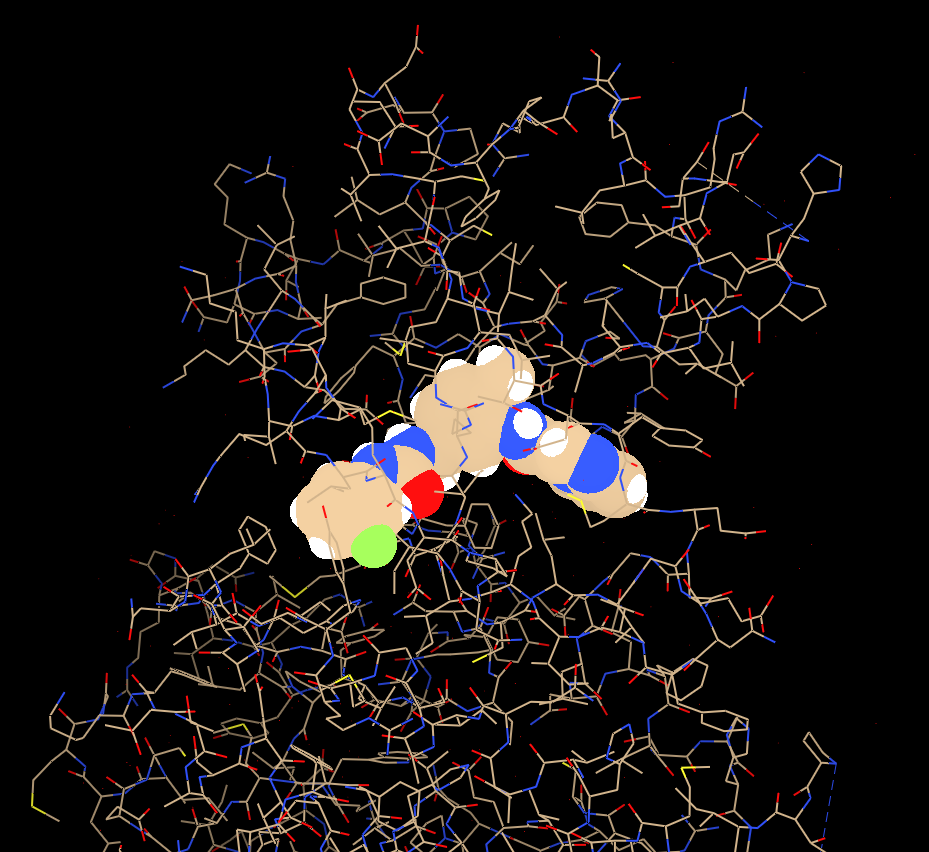
chimera, preset all atoms